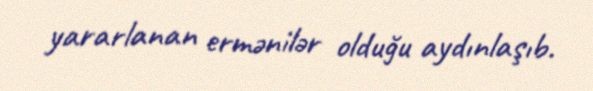
yararlanan ermənilər olduğu aydınlaşıb.